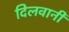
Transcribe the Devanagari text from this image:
दिलवानी